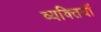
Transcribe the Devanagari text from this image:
व्यक्तियॉं